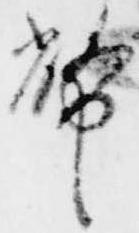
幣